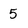
Character: 5